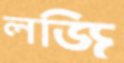
লজি